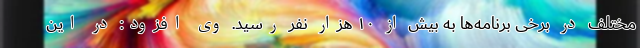
مختلف در برخی برنامه‌ها به بیش از ۱۰ هزار نفر رسید. وی افزود: در این